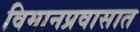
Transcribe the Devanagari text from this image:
विमानप्रवासात